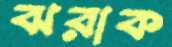
ঝরাক